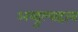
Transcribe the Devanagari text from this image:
अब्दुल्वहाब